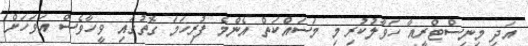
އަދި މިނިސްޓްރީއާ ހަވާލުކުރި މި މަސައްކަތް އެންމެ ފުރިހަމަ ގޮތުގައި ވީހާވެސް އަވަހަށް